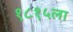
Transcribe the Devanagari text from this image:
१८१५ला